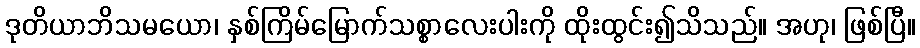
ဒုတိယာဘိသမယော၊ နှစ်ကြိမ်မြောက်သစ္စာလေးပါးကို ထိုးထွင်း၍သိသည်။ အဟု၊ ဖြစ်ပြီ။